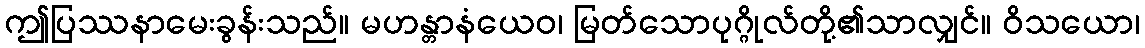
ဤပြဿနာမေးခွန်းသည်။ မဟန္တာနံယေဝ၊ မြတ်သောပုဂ္ဂိုလ်တို့၏သာလျှင်။ ဝိသယော၊